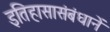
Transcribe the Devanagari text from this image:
इतिहासासंबंधानें